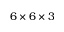
6 \times 6 \times 3